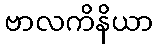
ဗာလကိနိယာ